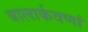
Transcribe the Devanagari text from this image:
बालार्कवणां